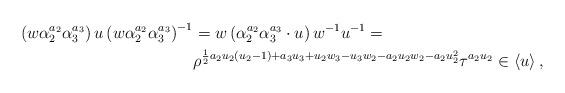
LaTeX: \begin{align*}\left(w\alpha_{2}^{a_{2}}\alpha_{3}^{a_{3}}\right)u\left(w\alpha_{2}^{a_{2}}\alpha_{3}^{a_{3}}\right)^{-1}&=w\left(\alpha_{2}^{a_{2}}\alpha_{3}^{a_{3}}\cdot u \right)w^{-1}u^{-1}= \\&\rho^{\frac{1}{2}a_{2}u_{2}\left(u_{2}-1\right)+a_{3}u_{3}+u_{2}w_{3}-u_{3}w_{2}-a_{2}u_{2}w_{2}-a_{2}u_{2}^{2}}\tau^{a_{2}u_{2}} \in \left\langle u\right\rangle,\end{align*}